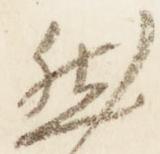
然